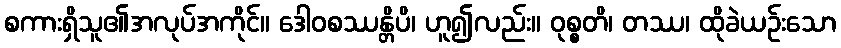
စကားရှိသူ၏အလုပ်အကိုင်။ ဒေါဝစဿန္တိပိ၊ ဟူ၍လည်း။ ဝုစ္စတိ၊ တဿ၊ ထိုခဲယဉ်းသော